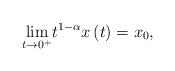
LaTeX: \begin{align*}\underset{t\rightarrow 0^{+}}{\lim }t^{1-\alpha }x\left( t\right) =x_{0},\end{align*}